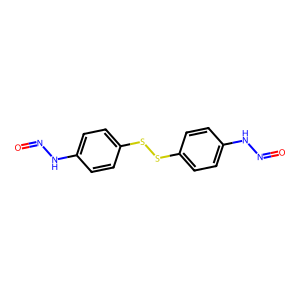
SMILES: O=NNc1ccc(SSc2ccc(NN=O)cc2)cc1
Inhibits HIV replication: No